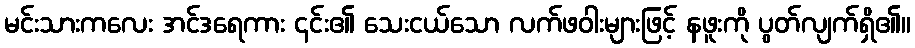
မင်းသားကလေး အင်ဒရေကား ၎င်း၏ သေးငယ်သော လက်ဖဝါးများဖြင့် နဖူးကို ပွတ်လျက်ရှိ၏။